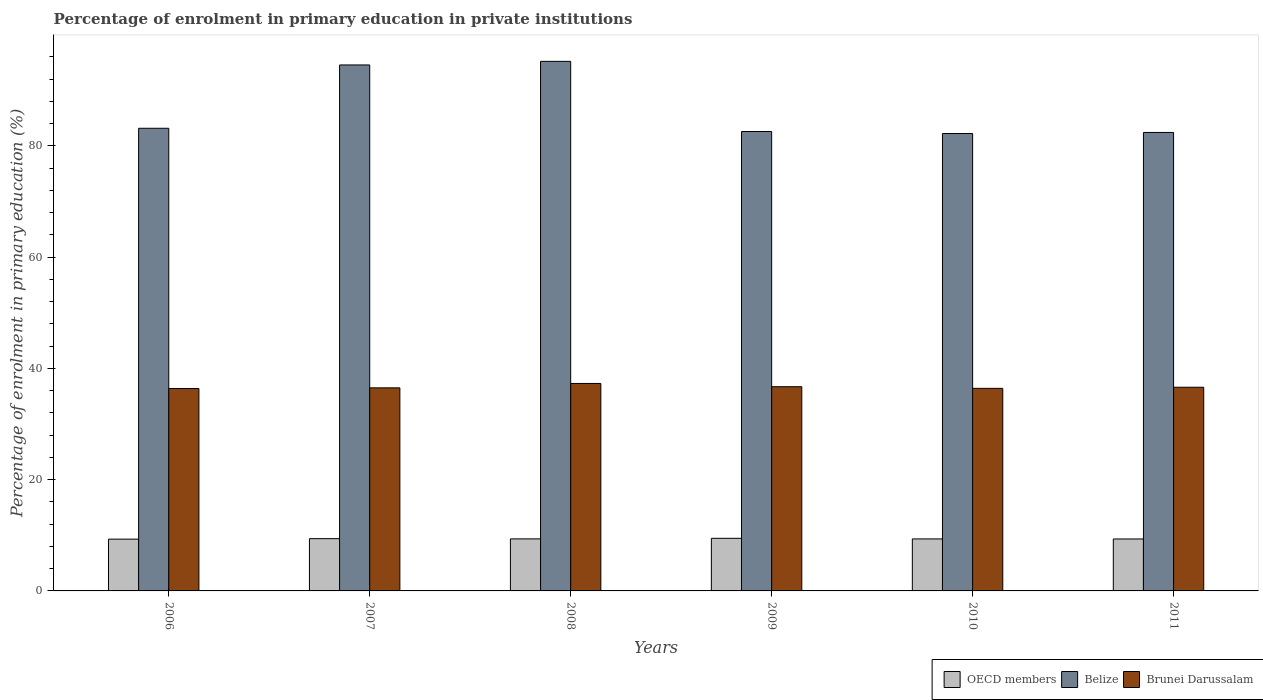
| Years | OECD members | Belize | Brunei Darussalam |
 | --- | --- | --- | --- |
 | 2006 | 9.31 | 83.2 | 36.4 |
 | 2007 | 9.4 | 94.5 | 36.5 |
 | 2008 | 9.35 | 95.2 | 37.3 |
 | 2009 | 9.45 | 82.6 | 36.7 |
 | 2010 | 9.35 | 82.2 | 36.4 |
 | 2011 | 9.34 | 82.4 | 36.6 |